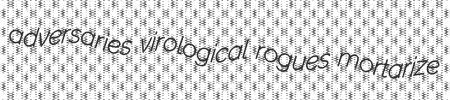
adversaries virological rogues mortarize